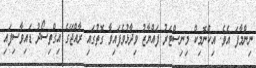
ނިންމާފަ އެވެ. އިކްނޮމިކް މިނިސްޓަރު ފައްޔާޒު ވިދާޅުވެފައިވާ ގޮތުގައި ރާއްޖޭގެ އިގްތިސޯދު ޑައިވާސިފައި